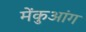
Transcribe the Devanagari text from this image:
मेंकुआंग